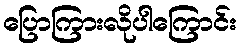
ပြောကြားလိုပါကြောင်း